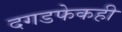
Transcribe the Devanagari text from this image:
दगडफेकही